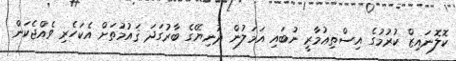
ކޮލޮނައިޒް ކުރުމުގެ އިސްތިޢުމާރީ ނުބައި އަމަލުން ދުނިޔޭގެ ބާރުގަދަ ޤައުމުތަށް އެކަހެރި ވެއްޖެކަން